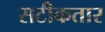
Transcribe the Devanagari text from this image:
सटीकतार